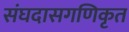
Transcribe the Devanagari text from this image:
संघदासगणिकृत